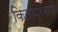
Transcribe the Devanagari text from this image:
किलोप्रमाणे